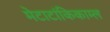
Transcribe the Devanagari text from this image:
मेटाटांकिकाम्ल